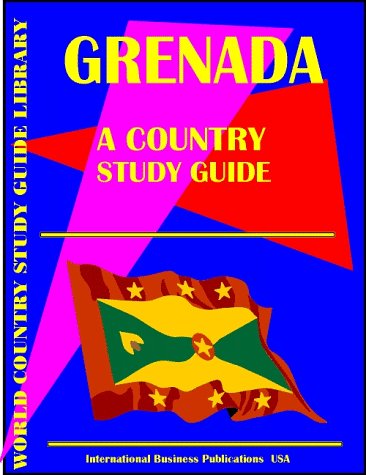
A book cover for Grenada Country Study Guide (World Country Study Guide; Ibp Usa; Travel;